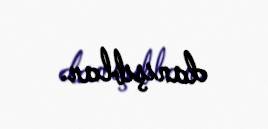
danışıblar.